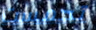
تحمست